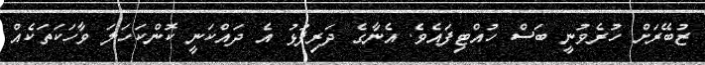
ޒުބޭރަށް ހުރެވުނީ ބަސް ހުއްޓިފައެވެ. އެނާގެ ދަރިފުޅު އެ ދައްކަނީ ކޮންކަހަލަ ވާހަކަތަކެއް